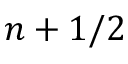
n + 1 / 2